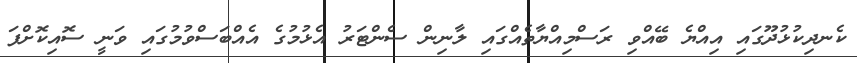
ކެނދިކުޅުދޫގައި އިއްޔެ ބޭއްވި ރަސްމިއްޔާތެއްގައި ލާނިން ސެންޓަރު އެޅުމުގެ އެއްބަސްވުމުގައި ވަނީ ސޮއިކޮށްފަ